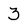
Character: 3